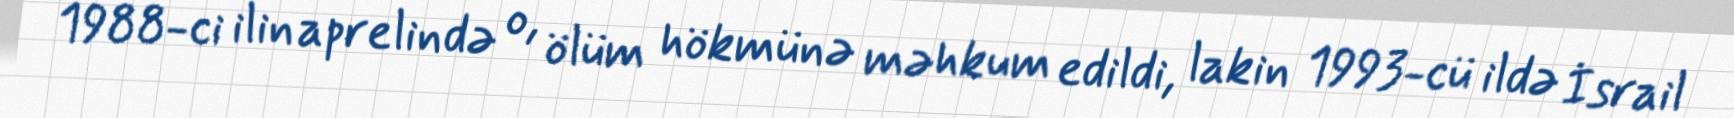
1988-ci ilin aprelində o, ölüm hökmünə məhkum edildi, lakin 1993-cü ildə İsrail